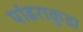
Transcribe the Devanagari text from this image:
पांढराकुडा